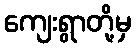
ကျေးရွာတို့မှ